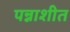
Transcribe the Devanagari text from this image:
पन्नाशीत